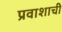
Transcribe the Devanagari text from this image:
प्रवाशाची